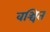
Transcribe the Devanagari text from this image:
वञ्चित